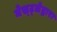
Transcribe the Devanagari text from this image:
नेस्ट्लेद्वारा